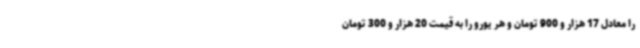
را معادل 17 هزار و 900 تومان و هر یورو را به قیمت 20 هزار و 300 تومان